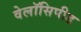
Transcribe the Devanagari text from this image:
वेलॉसिपीड